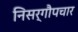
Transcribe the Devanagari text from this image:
निसर्गौपचार